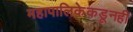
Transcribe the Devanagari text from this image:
महापालिकेकडूनही